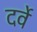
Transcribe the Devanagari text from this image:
दर्वे